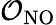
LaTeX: \mathcal{O}_{\mathrm{NO}}